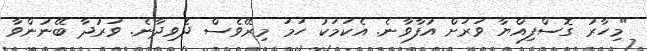
"މިހާރު ގޮސްފިއްޔާ ވަރަށް އުފާވާނެ. އެކަމަކު ހަމަ މިރޭވެސް ދެވިދާނެ. ވަރުދާ ބޭނުންވާ